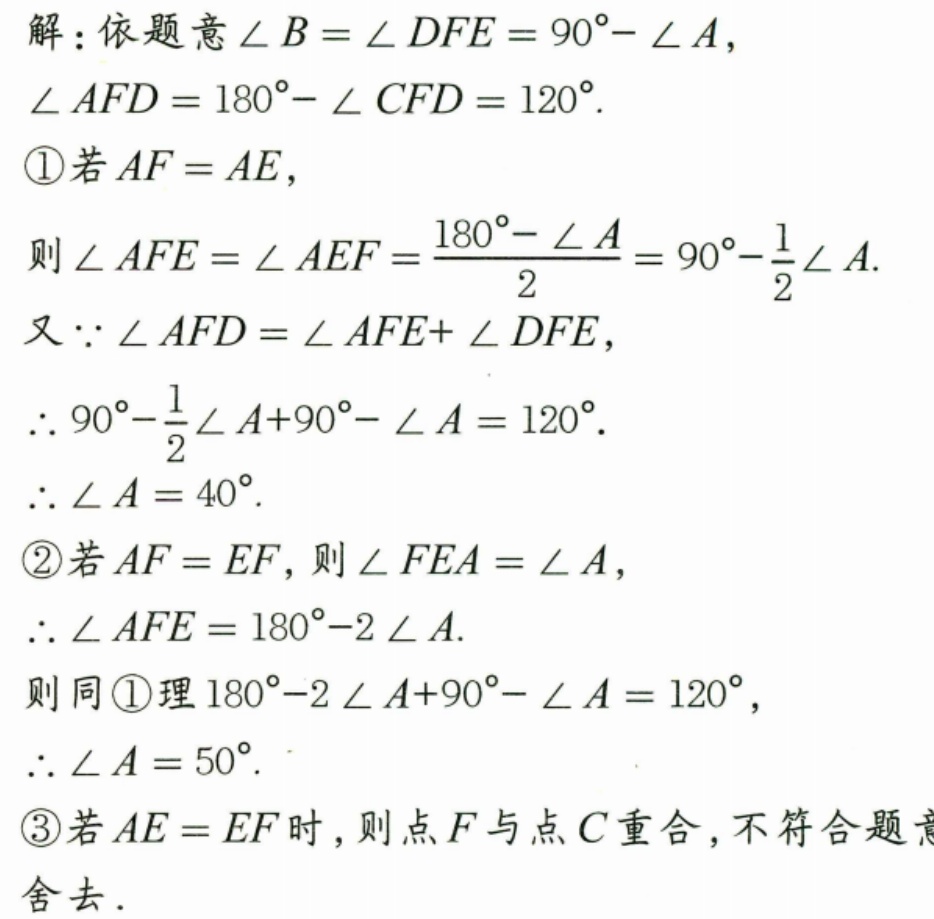
解：依题意$\angle B=\angle DFE = 90^{\circ}-\angle A$，
$\angle AFD=180^{\circ}-\angle CFD = 120^{\circ}$.
\textcircled{1}若$AF = AE$，
则$\angle AFE=\angle AEF=\dfrac{180^{\circ}-\angle A}{2}=90^{\circ}-\dfrac{1}{2}\angle A$.
又$\because\angle AFD=\angle AFE + \angle DFE$，
$\therefore90^{\circ}-\dfrac{1}{2}\angle A+90^{\circ}-\angle A = 120^{\circ}$.
$\therefore\angle A = 40^{\circ}$.
\textcircled{2}若$AF = EF$，则$\angle FEA=\angle A$，
$\therefore\angle AFE=180^{\circ}-2\angle A$.
则同\textcircled{1}理$180^{\circ}-2\angle A+90^{\circ}-\angle A = 120^{\circ}$，
$\therefore\angle A = 50^{\circ}$.
\textcircled{3}若$AE = EF$时，则点$F$与点$C$重合，不符合题意舍去.